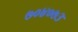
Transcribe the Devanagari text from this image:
७०४०७३